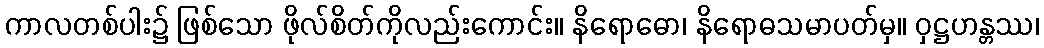
ကာလတစ်ပါး၌ ဖြစ်သော ဖိုလ်စိတ်ကိုလည်းကောင်း။ နိရောဓော၊ နိရောဓသမာပတ်မှ။ ဝှဋ္ဌဟန္တဿ၊